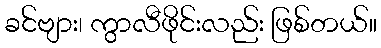
ခင်ဗျား၊ ကွာလီဖိုင်းလည်း ဖြစ်တယ်။